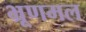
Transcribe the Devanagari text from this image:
भ्रूणमल